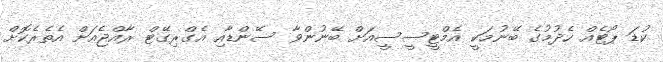
ކުޑަ ޕޯޓެއް ހެދުމުގެ ބޭނުމަކީ އެމްޓީސީސީއަށް ބޭނުންވާ ސޭންޑާއި އެގްރިގޭޓް ރާއްޖެއަށް އެތެރެކޮށް